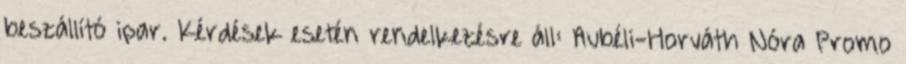
beszállító ipar. Kérdések esetén rendelkezésre áll: Aubéli-Horváth Nóra Promo